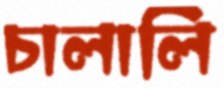
চালালি